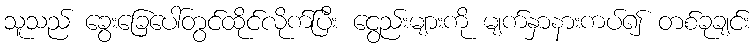
သူသည် ခွေးခြေပေါ်တွင်ထိုင်လိုက်ပြီး ငွေည်းများကို မျက်နှာနားကပ်၍ တစ်ခုချင်း